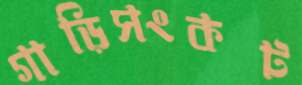
গাড়িসংকট